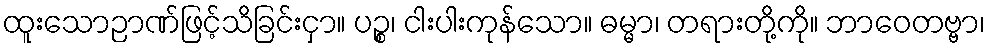
ထူးသောဉာဏ်ဖြင့်သိခြင်းငှာ။ ပဉ္စ၊ ငါးပါးကုန်သော။ ဓမ္မာ၊ တရားတို့ကို။ ဘာဝေတဗ္ဗာ၊